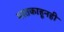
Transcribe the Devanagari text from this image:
मस्तकाहूनही